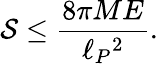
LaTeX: {\cal S}\leq{\frac{8\pi ME}{\ell_{P}{}^{2}}}.